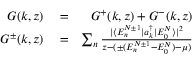
\begin{array} { r l r } { G ( k , z ) } & { { } = } & { G ^ { + } ( k , z ) + G ^ { - } ( k , z ) } \\ { G ^ { \pm } ( k , z ) } & { { } = } & { \sum _ { n } \frac { | \langle E _ { n } ^ { N \pm 1 } | a _ { k } ^ { \dagger } | E _ { 0 } ^ { N } \rangle | ^ { 2 } } { z - ( \pm ( E _ { n } ^ { N \pm 1 } - E _ { 0 } ^ { N } ) - \mu ) } } \end{array}